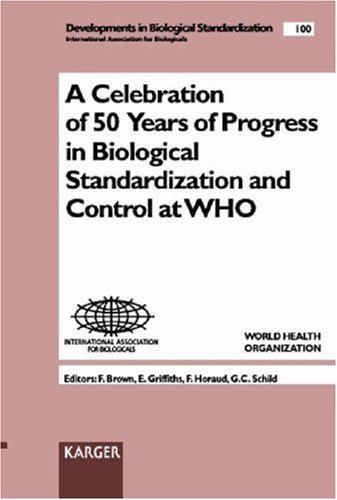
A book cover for Celebration of 50 Years of Progress in Biological Standardization and Control at WHO: Geneva, October 1998 (Developments in Biologicals, Vol. 100); Medical Books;